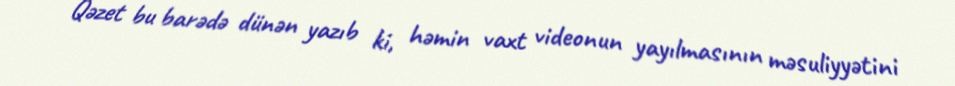
Qəzet bu barədə dünən yazıb ki, həmin vaxt videonun yayılmasının məsuliyyətini